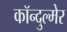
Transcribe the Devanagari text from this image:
कॉन्दुल्मेर